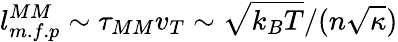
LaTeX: l_{m.f.p}^{MM}\sim\tau_{MM}v_{T}\sim\sqrt{k_{B}T}/(n\sqrt{\kappa})